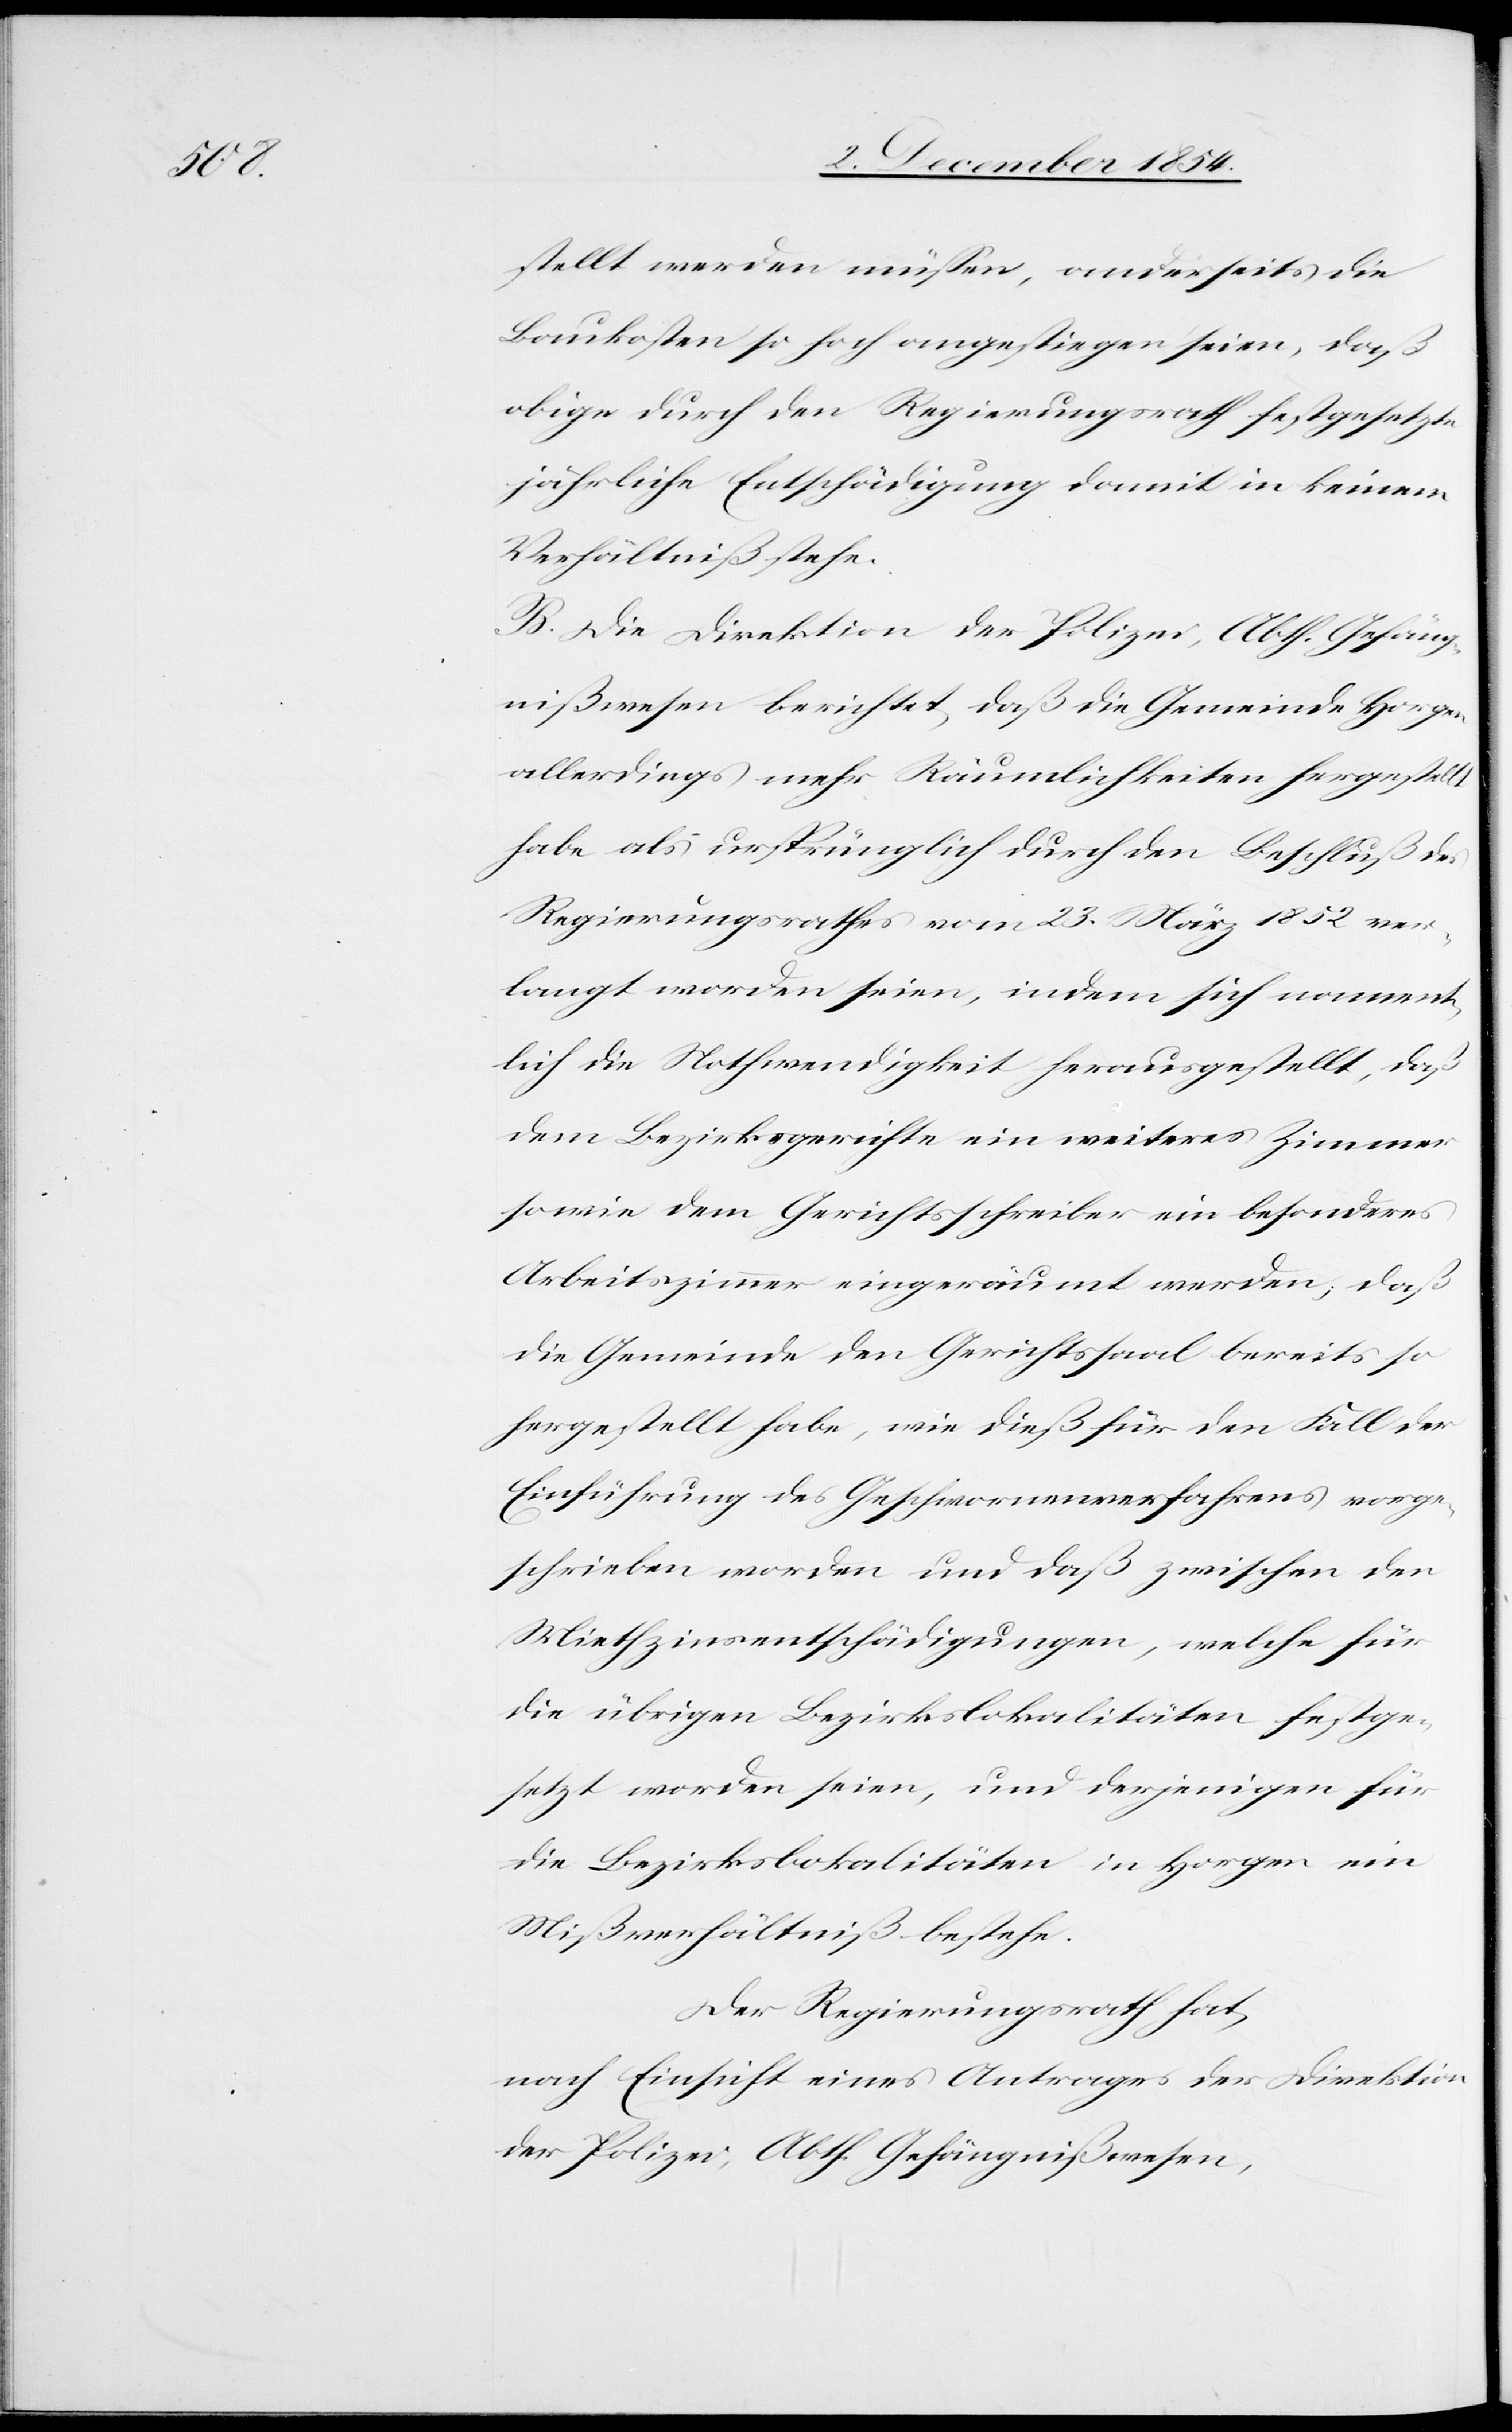
stellt werden müßen, anderseits die
Baukosten so hoch angestiegen seien, daß
obige durch den Regierungsrath festgesetzte
jährliche Entschädigung damit in keinem
Verhältniß stehe.
B. Die Direktion der Polizei, Abth. Gefäng¬
nißwesen berichtet, daß die Gemeinde Horgen
allerdings mehr Räumlichkeiten hergestellt
habe als ursprünglich durch den Beschluß des
Regierungsrathes vom 23. März 1852 ver¬
langt worden seien, indem sich nament¬
lich die Nothwendigkeit herausgestellt, daß
dem Bezirksgerichte ein weiteres Zimmer
sowie dem Gerichtsschreiber ein besonderes
Arbeitszimmer eingeräumt werden; daß
die Gemeinde den Gerichtssaal bereits so
hergestellt habe, wie dieß für den Fall der
Einführung des Geschwornenverfahrens vorge¬
schrieben worden und daß zwischen den
Miethzinsentschädigungen, welche für
die übrigen Bezirkslokalitäten festge¬
setzt worden seien, und derjenigen für
die Bezirkslokalitäten in Horgen ein
Mißverhältniß bestehe.
Der Regierungsrath hat
nach Einsicht eines Antrages der Direktion
der Polizei, Abth. Gefängnißwesen,